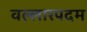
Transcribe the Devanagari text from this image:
वल्लारपदम